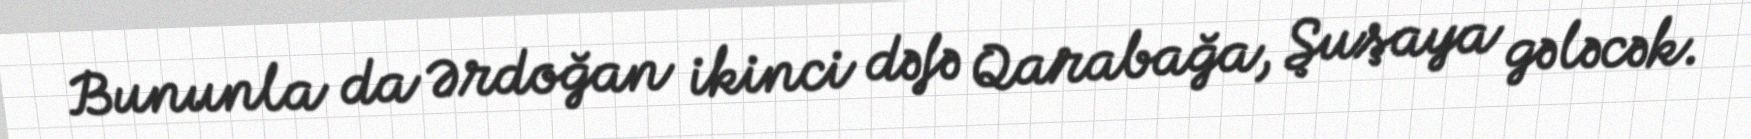
Bununla da Ərdoğan ikinci dəfə Qarabağa, Şuşaya gələcək.